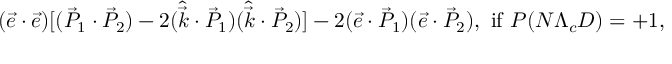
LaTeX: ( \vec { e } \cdot \vec { e } ) [ ( \vec { P } _ { 1 } \cdot \vec { P } _ { 2 } ) - 2 ( \hat { \vec { k } } \cdot \vec { P } _ { 1 } ) ( \hat { \vec { k } } \cdot \vec { P } _ { 2 } ) ] - 2 ( \vec { e } \cdot \vec { P } _ { 1 } ) ( \vec { e } \cdot \vec { P } _ { 2 } ) , \mathrm { ~ i f ~ } P ( N \Lambda _ { c } D ) = + 1 ,